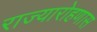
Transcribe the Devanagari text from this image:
राज्यारोहणास